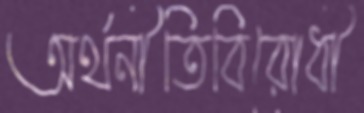
অর্থনীতিবিরোধী